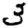
Digit: 3